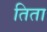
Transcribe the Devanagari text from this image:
तिता